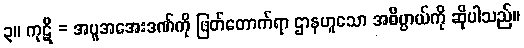
၃။ ကုဋိ = အပူအအေးဒဏ်ကို ဖြတ်တောက်ရာ ဌာနဟူသော အဓိပ္ပာယ်ကို ဆိုပါသည်။